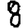
Digit: 8